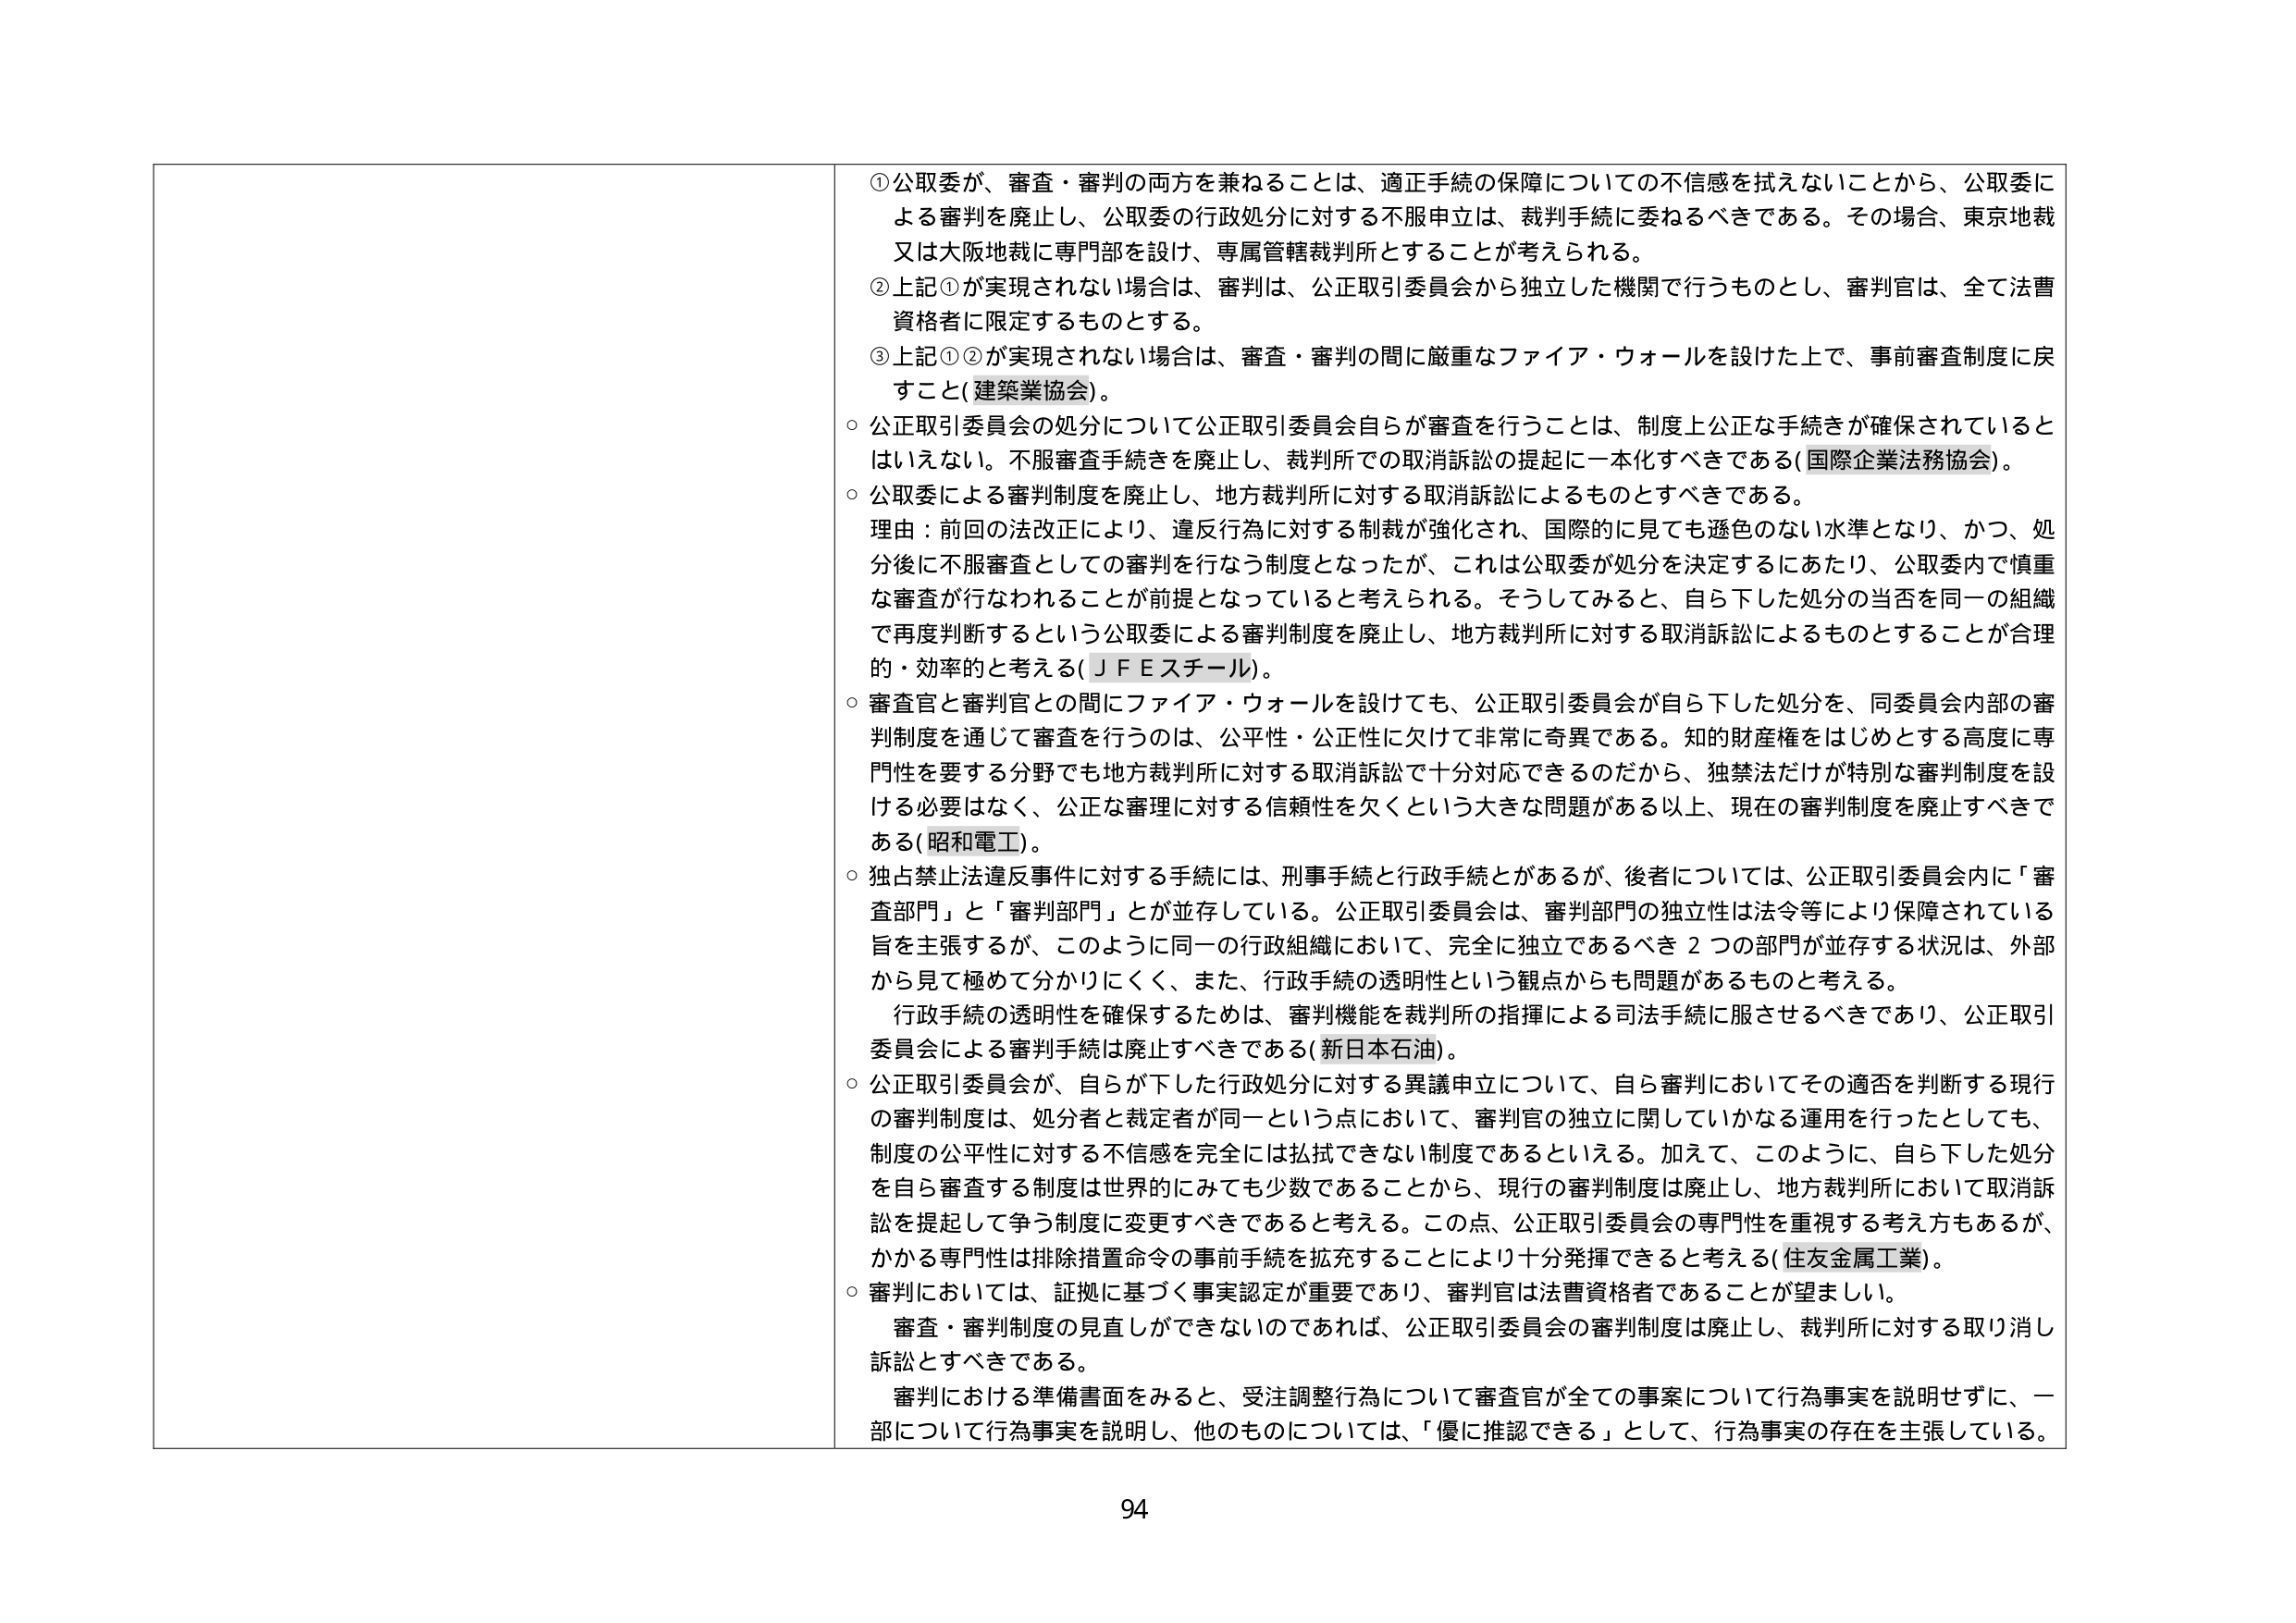
①公取委が、審査・審判の両方を兼ねることは、適正手続の保障についての不信感を拭えないことから、公取委による審判を廃止し、公取委の行政処分に対する不服申立は、裁判手続に委ねるべきである。その場合、東京地裁又は大阪地裁に専門部を設け、専属管轄裁判所とすることが考えられる。

②上記①が実現されない場合は、審判は、公正取引委員会から独立した機関で行うものとし、審判官は、全て法曹資格者に限定するものとする。

③上記①②が実現されない場合は、審査・審判の間に厳重なファイア・ウォールを設けた上で、事前審査制度に戻すこと（建築業協会）。

○ 公正取引委員会の処分について公正取引委員会自らが審査を行うことは、制度上公正な手続きが確保されているとはいえない。不服審査手続きを廃止し、裁判所での取消訴訟の提起に一本化すべきである（国際企業法務協会）。

○ 公取委による審判制度を廃止し、地方裁判所に対する取消訴訟によるものとすべきである。
理由：前回の法改正により、違反行為に対する制裁が強化され、国際的に見ても遜色のない水準となり、かつ、処分後に不服審査としての審判を行なう制度となったが、これは公取委が処分を決定するにあたり、公取委内で慎重な審査が行なわれることが前提となっていると考えられる。そうしてみると、自ら下した処分の当否を同一の組織で再度判断するという公取委による審判制度を廃止し、地方裁判所に対する取消訴訟によるものとすることが合理的・効率的と考える（ＪＦＥスチール）。

○ 審査官と審判官との間にファイア・ウォールを設けても、公正取引委員会が自ら下した処分を、同委員会内部の審判制度を通じて審査を行うのは、公平性・公正性に欠けて非常に奇異である。知的財産権をはじめとする高度に専門性を要する分野でも地方裁判所に対する取消訴訟で十分対応できるのだから、独禁法だけが特別な審判制度を設ける必要はなく、公正な審理に対する信頼性を欠くという大きな問題がある以上、現在の審判制度を廃止すべきである（昭和電工）。

○ 独占禁止法違反事件に対する手続には、刑事手続と行政手続とがあるが、後者については、公正取引委員会内に「審査部門」と「審判部門」とが並存している。公正取引委員会は、審判部門の独立性は法令等により保障されている旨を主張するが、このように同一の行政組織において、完全に独立であるべき２つの部門が並存する状況は、外部から見て極めて分かりにくく、また、行政手続の透明性という観点からも問題があるものと考える。
行政手続の透明性を確保するためには、審判機能を裁判所の指揮による司法手続に服させるべきであり、公正取引委員会による審判手続は廃止すべきである（新日本石油）。

○ 公正取引委員会が、自らが下した行政処分に対する異議申立について、自ら審判においてその適否を判断する現行の審判制度は、処分者と裁定者が同一という点において、審判官の独立に関していかなる運用を行ったとしても、制度の公平性に対する不信感を完全には拭きできない制度であるといえる。加えて、このように、自ら下した処分を自ら審査する制度は世界的にみても少数であることから、現行の審判制度は廃止し、地方裁判所において取消訴訟を提起して争う制度に変更すべきであると考える。この点、公正取引委員会の専門性を重視する考え方もあれば、かかる専門性は排除措置命令の事前手続を拡充することにより十分発揮できると考える（住友金属工業）。

○ 審判においては、証拠に基づく事実認定が重要であり、審判官は法曹資格者であることが望ましい。
審査・審判制度の見直しができないのであれば、公正取引委員会の審判制度は廃止し、裁判所に対する取り消し訴訟とすべきである。
審判における準備書面をみると、受注調整行為について審査官が全ての事案について行為事実を説明せずに、一部について行為事実を説明し、他のものについては、「優に推認できる」として、行為事実の存在を主張している。

94